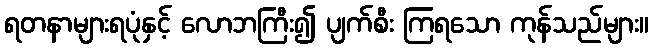
ရတနာများရပုံနှင့် လောဘကြီး၍ ပျက်စီး ကြရသော ကုန်သည်များ။